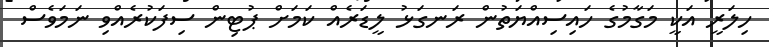
ހިލަރީ އަކީ މަގާމުގެ ހައިސިއްޔަތުން ރަނގަޅު ލީޑަރެއް ކަމަށް ޕުޓިން ސިފަކުރެއްވި ނަމަވެސް